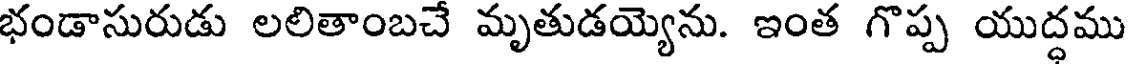
భండాసురుడు లలితాంబచే మృతుడయ్యెను. ఇంత గొప్ప యుద్ధము